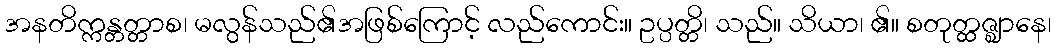
အနတိက္ကန္တတ္တာစ၊ မလွန်သည်၏အဖြစ်ကြောင့် လည်ကောင်း။ ဥပ္ပတ္တိ၊ သည်။ သိယာ၊ ၏။ စတုတ္ထဇ္ဈာနေ၊